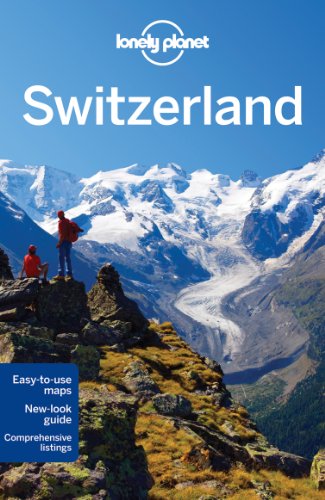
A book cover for Lonely Planet Switzerland (Travel Guide); Lonely Planet; Travel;